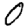
Digit: 0